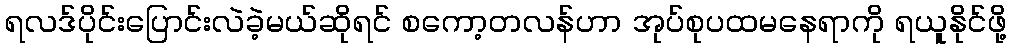
ရလဒ်ပိုင်းပြောင်းလဲခဲ့မယ်ဆိုရင် စကော့တလန်ဟာ အုပ်စုပထမနေရာကို ရယူနိုင်ဖို့